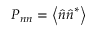
\boldsymbol { P _ { n n } } = \left\langle \boldsymbol { \hat { n } } \boldsymbol { \hat { n } } ^ { * } \right\rangle